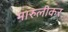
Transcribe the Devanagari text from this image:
मारुलीकर